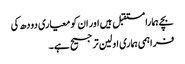
بچے ہمارا مستقبل ہیں اور ان کو معیاری دودھ کی
فراہمی ہماری اولین ترجیح ہے ۔